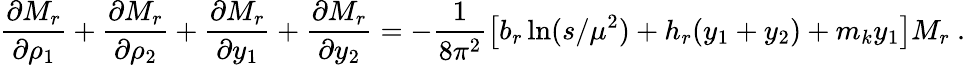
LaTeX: \frac{\partial M_{r}}{\partial\rho_{1}}+\frac{\partial M_{r}}{\partial\rho_{2}}+\frac{\partial M_{r}}{\partial y_{1}}+\frac{\partial M_{r}}{\partial y_{2}}=-\frac{1}{8\pi^{2}}\big[b_{r}\ln(s/\mu^{2})+h_{r}(y_{1}+y_{2})+m_{k}y_{1}\big]M_{r}~.